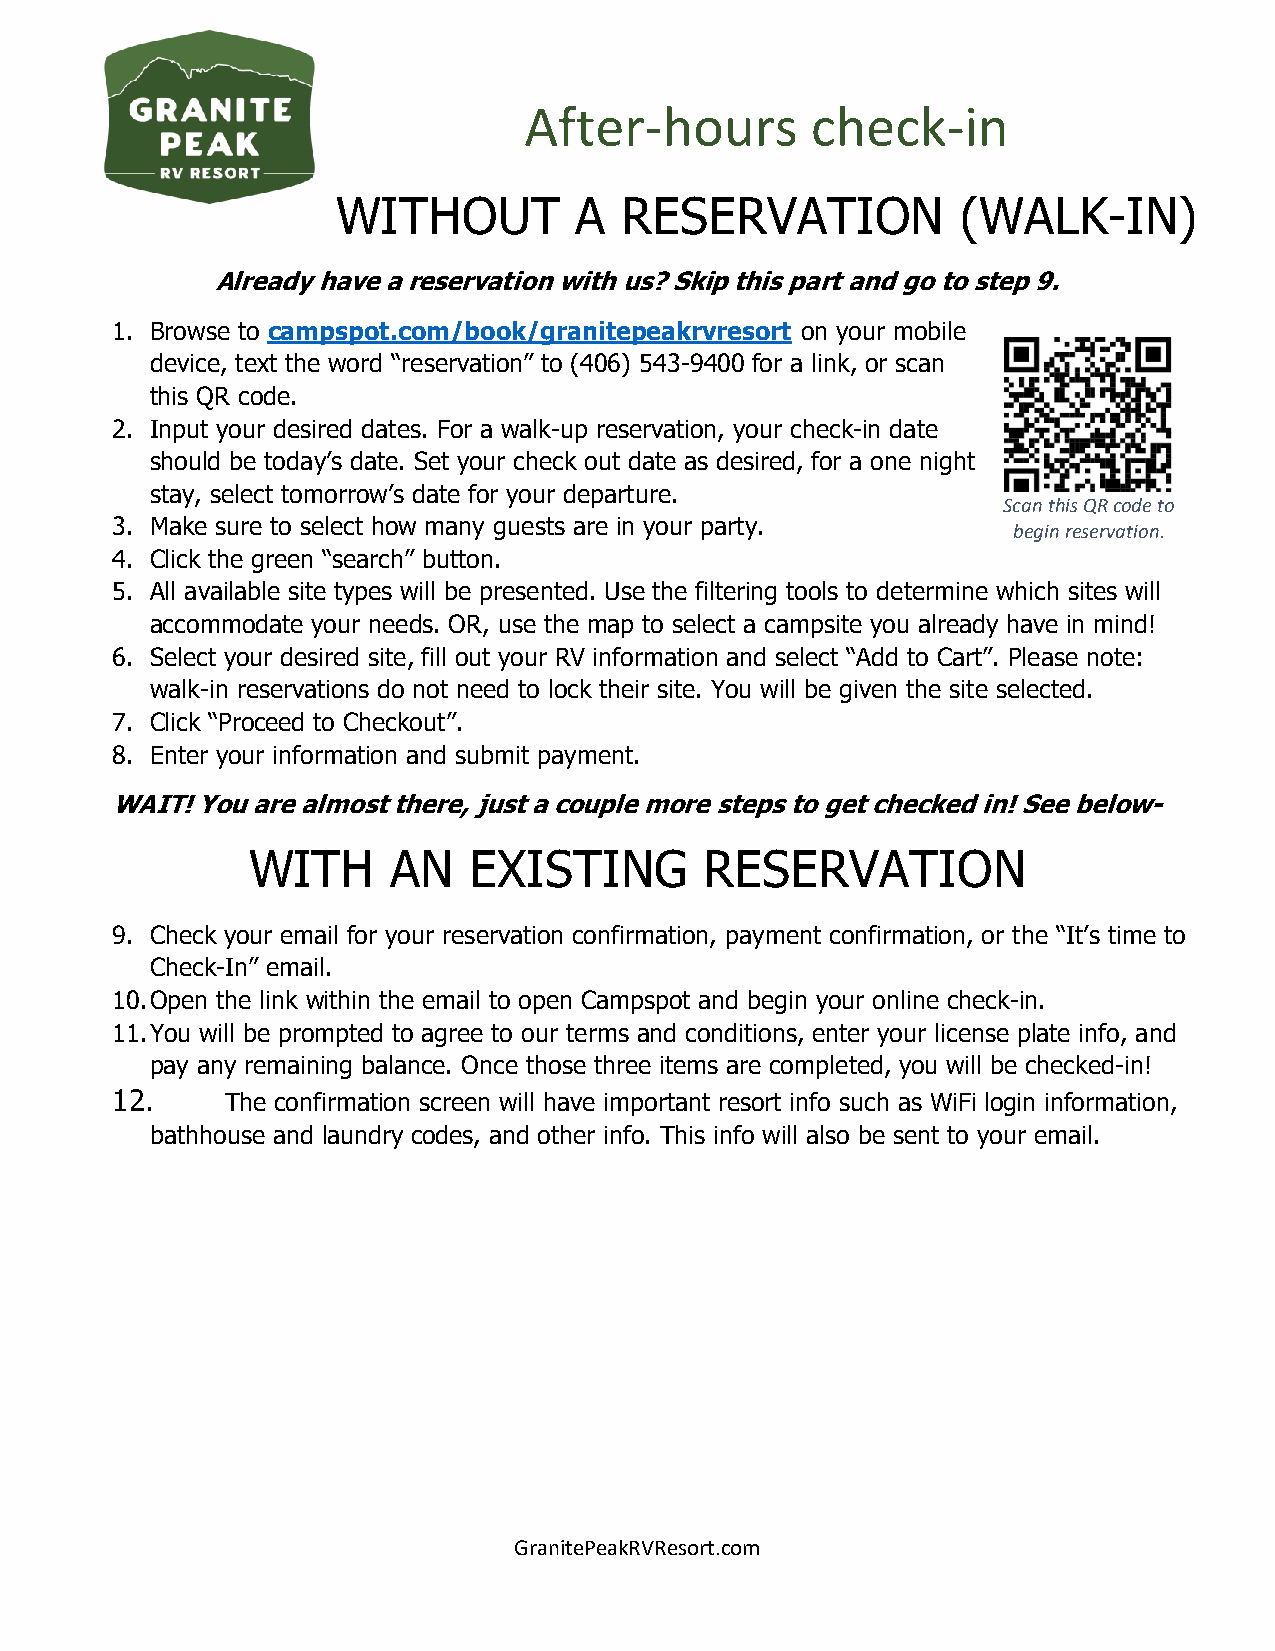
After-hours        check-in
 WITHOUT         A  RESERVATION            (WALK-IN)
 Already have a reservation with us? Skip this part and go to step 9.
 1. Browse to campspot.com/book/granitepeakrvresort on your mobile
 device, text the word “reservation” to (406) 543-9400 for a link, or scan
 this QR code.
 2. Input your desired dates. For a walk-up reservation, your check-in date
 should be today’s date. Set your check out date as desired, for a one night
 stay, select tomorrow’s date for your departure.
 Scan this QR code to
 3. Make sure to select how many guests are in your party.
 begin reservation.
 4. Click the green “search” button.
 5. All available site types will be presented. Use the filtering tools to determine which sites will
 accommodate your needs. OR, use the map to select a campsite you already have in mind!
 6. Select your desired site, fill out your RV information and select “Add to Cart”. Please note:
 walk-in reservations do not need to lock their site. You will be given the site selected.
 7. Click “Proceed to Checkout”.
 8. Enter your information and submit payment.
 WAIT! You are almost there, just a couple more steps to get checked in! See below-
 WITH      AN   EXISTING        RESERVATION
 9. Check your email for your reservation confirmation, payment confirmation, or the “It’s time to
 Check-In” email.
 10. Open the link within the email to open Campspot and begin your online check-in.
 11. You will be prompted to agree to our terms and conditions, enter your license plate info, and
 pay any remaining balance. Once those three items are completed, you will be checked-in!
 12.     The confirmation screen will have important resort info such as WiFi login information,
 bathhouse and laundry codes, and other info. This info will also be sent to your email.
 GranitePeakRVResort.com